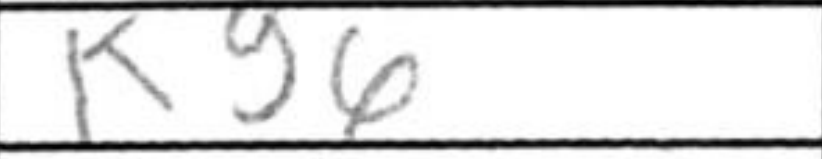
Transcription: Kg6